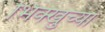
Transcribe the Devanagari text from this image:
भिक्खुच्या